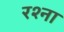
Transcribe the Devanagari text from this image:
रश्ना